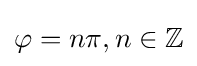
\varphi =n\pi ,n\in \mathbb {Z}